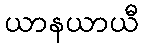
ယာနယာယီ